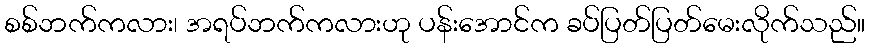
စစ်ဘက်ကလား၊ အရပ်ဘက်ကလားဟု ပန်းအောင်က ခပ်ပြတ်ပြတ်မေးလိုက်သည်။